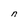
Character: n